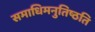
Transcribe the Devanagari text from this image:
समाधिमनुतिष्ठति